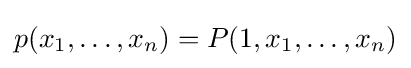
p(x_{1},\ldots ,x_{n})=P(1,x_{1},\ldots ,x_{n})